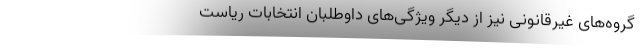
گروه‌های غیرقانونی نیز از دیگر ویژگی‌های داوطلبان انتخابات ریاست‌